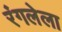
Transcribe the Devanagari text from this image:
रंगलेला